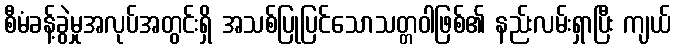
စီမံခန့်ခွဲမှုအလုပ်အတွင်းရှိ အသစ်ပြုပြင်သောသတ္တဝါဖြစ်၏ နည်းလမ်းရှာပြီး ကျယ်